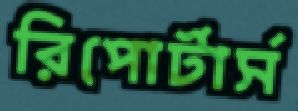
রিপোর্টার্স